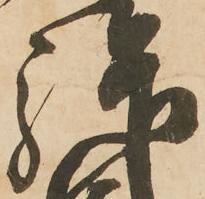
拝